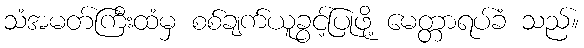
သံအမတ်ကြီးထံမှ စစ်ချက်ယူခွင့်ပြုဖို့ မေတ္တာရပ်ခံ သည်။